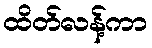
ထိတ်လန့်ကာ